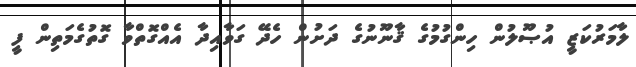
ލާމަރުކަޒީ އުޞޫލުން ހިންގުމުގެ ޤާނޫނުގެ ދަށުން ހެދޭ ގަވާއިދާ އެއްގޮތްވާ ގޮތުގެމަތިން ފީ